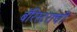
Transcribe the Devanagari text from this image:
बॅरिस्टराची